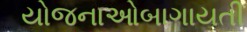
યોજનાઓબાગાયતી